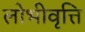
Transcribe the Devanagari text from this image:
लोभीवृत्ति